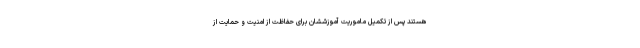
هستند پس از تکمیل ماموریت آموزششان برای حفاظت از امنیت و حمایت از